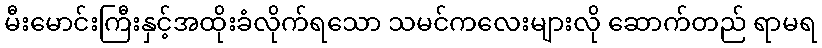
မီးမောင်းကြီးနှင့်အထိုးခံလိုက်ရသော သမင်ကလေးများလို ဆောက်တည် ရာမရ